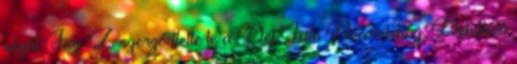
végül Jay-Z szerződtette le a Def Jam Recordshoz. Debütáló